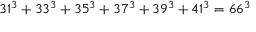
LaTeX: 3 1 ^ { 3 } + 3 3 ^ { 3 } + 3 5 ^ { 3 } + 3 7 ^ { 3 } + 3 9 ^ { 3 } + 4 1 ^ { 3 } = 6 6 ^ { 3 }